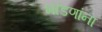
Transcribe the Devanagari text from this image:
भांडणांना